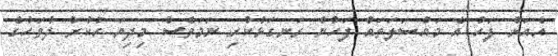
އެއަށް ފަހު އެ މައްސަލަތައް ފަހުން ރަނގަޅުކުރި ނަމަވެސް މިދިޔަ ހުކުރު ދުވަހުގެ